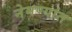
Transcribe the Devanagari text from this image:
नेमण्यांत